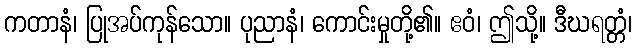
ကတာနံ၊ ပြုအပ်ကုန်သော။ ပုညာနံ၊ ကောင်းမှုတို့၏။ ဧဝံ၊ ဤသို့။ ဒီဃရတ္တံ၊